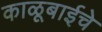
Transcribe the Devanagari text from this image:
काळूबाईचे